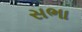
સભા